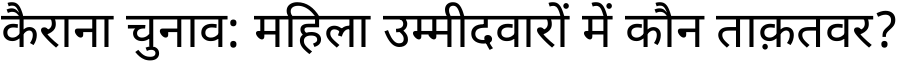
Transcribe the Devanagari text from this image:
कैराना चुनाव: महिला उम्मीदवारों में कौन ताक़तवर?